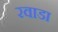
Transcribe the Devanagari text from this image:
रवाडा